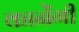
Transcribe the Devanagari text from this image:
कानेंगी